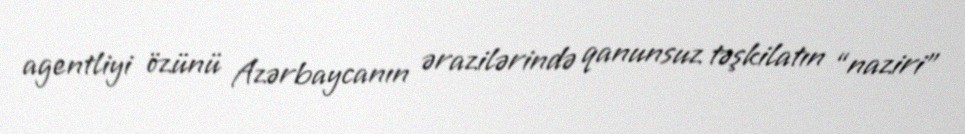
agentliyi özünü Azərbaycanın ərazilərində qanunsuz təşkilatın “naziri”